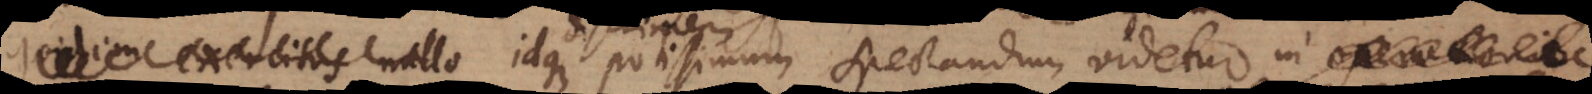
quidem exercitus nullo, idque potissimum spectandum videtur in